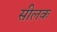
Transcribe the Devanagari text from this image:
सीलक